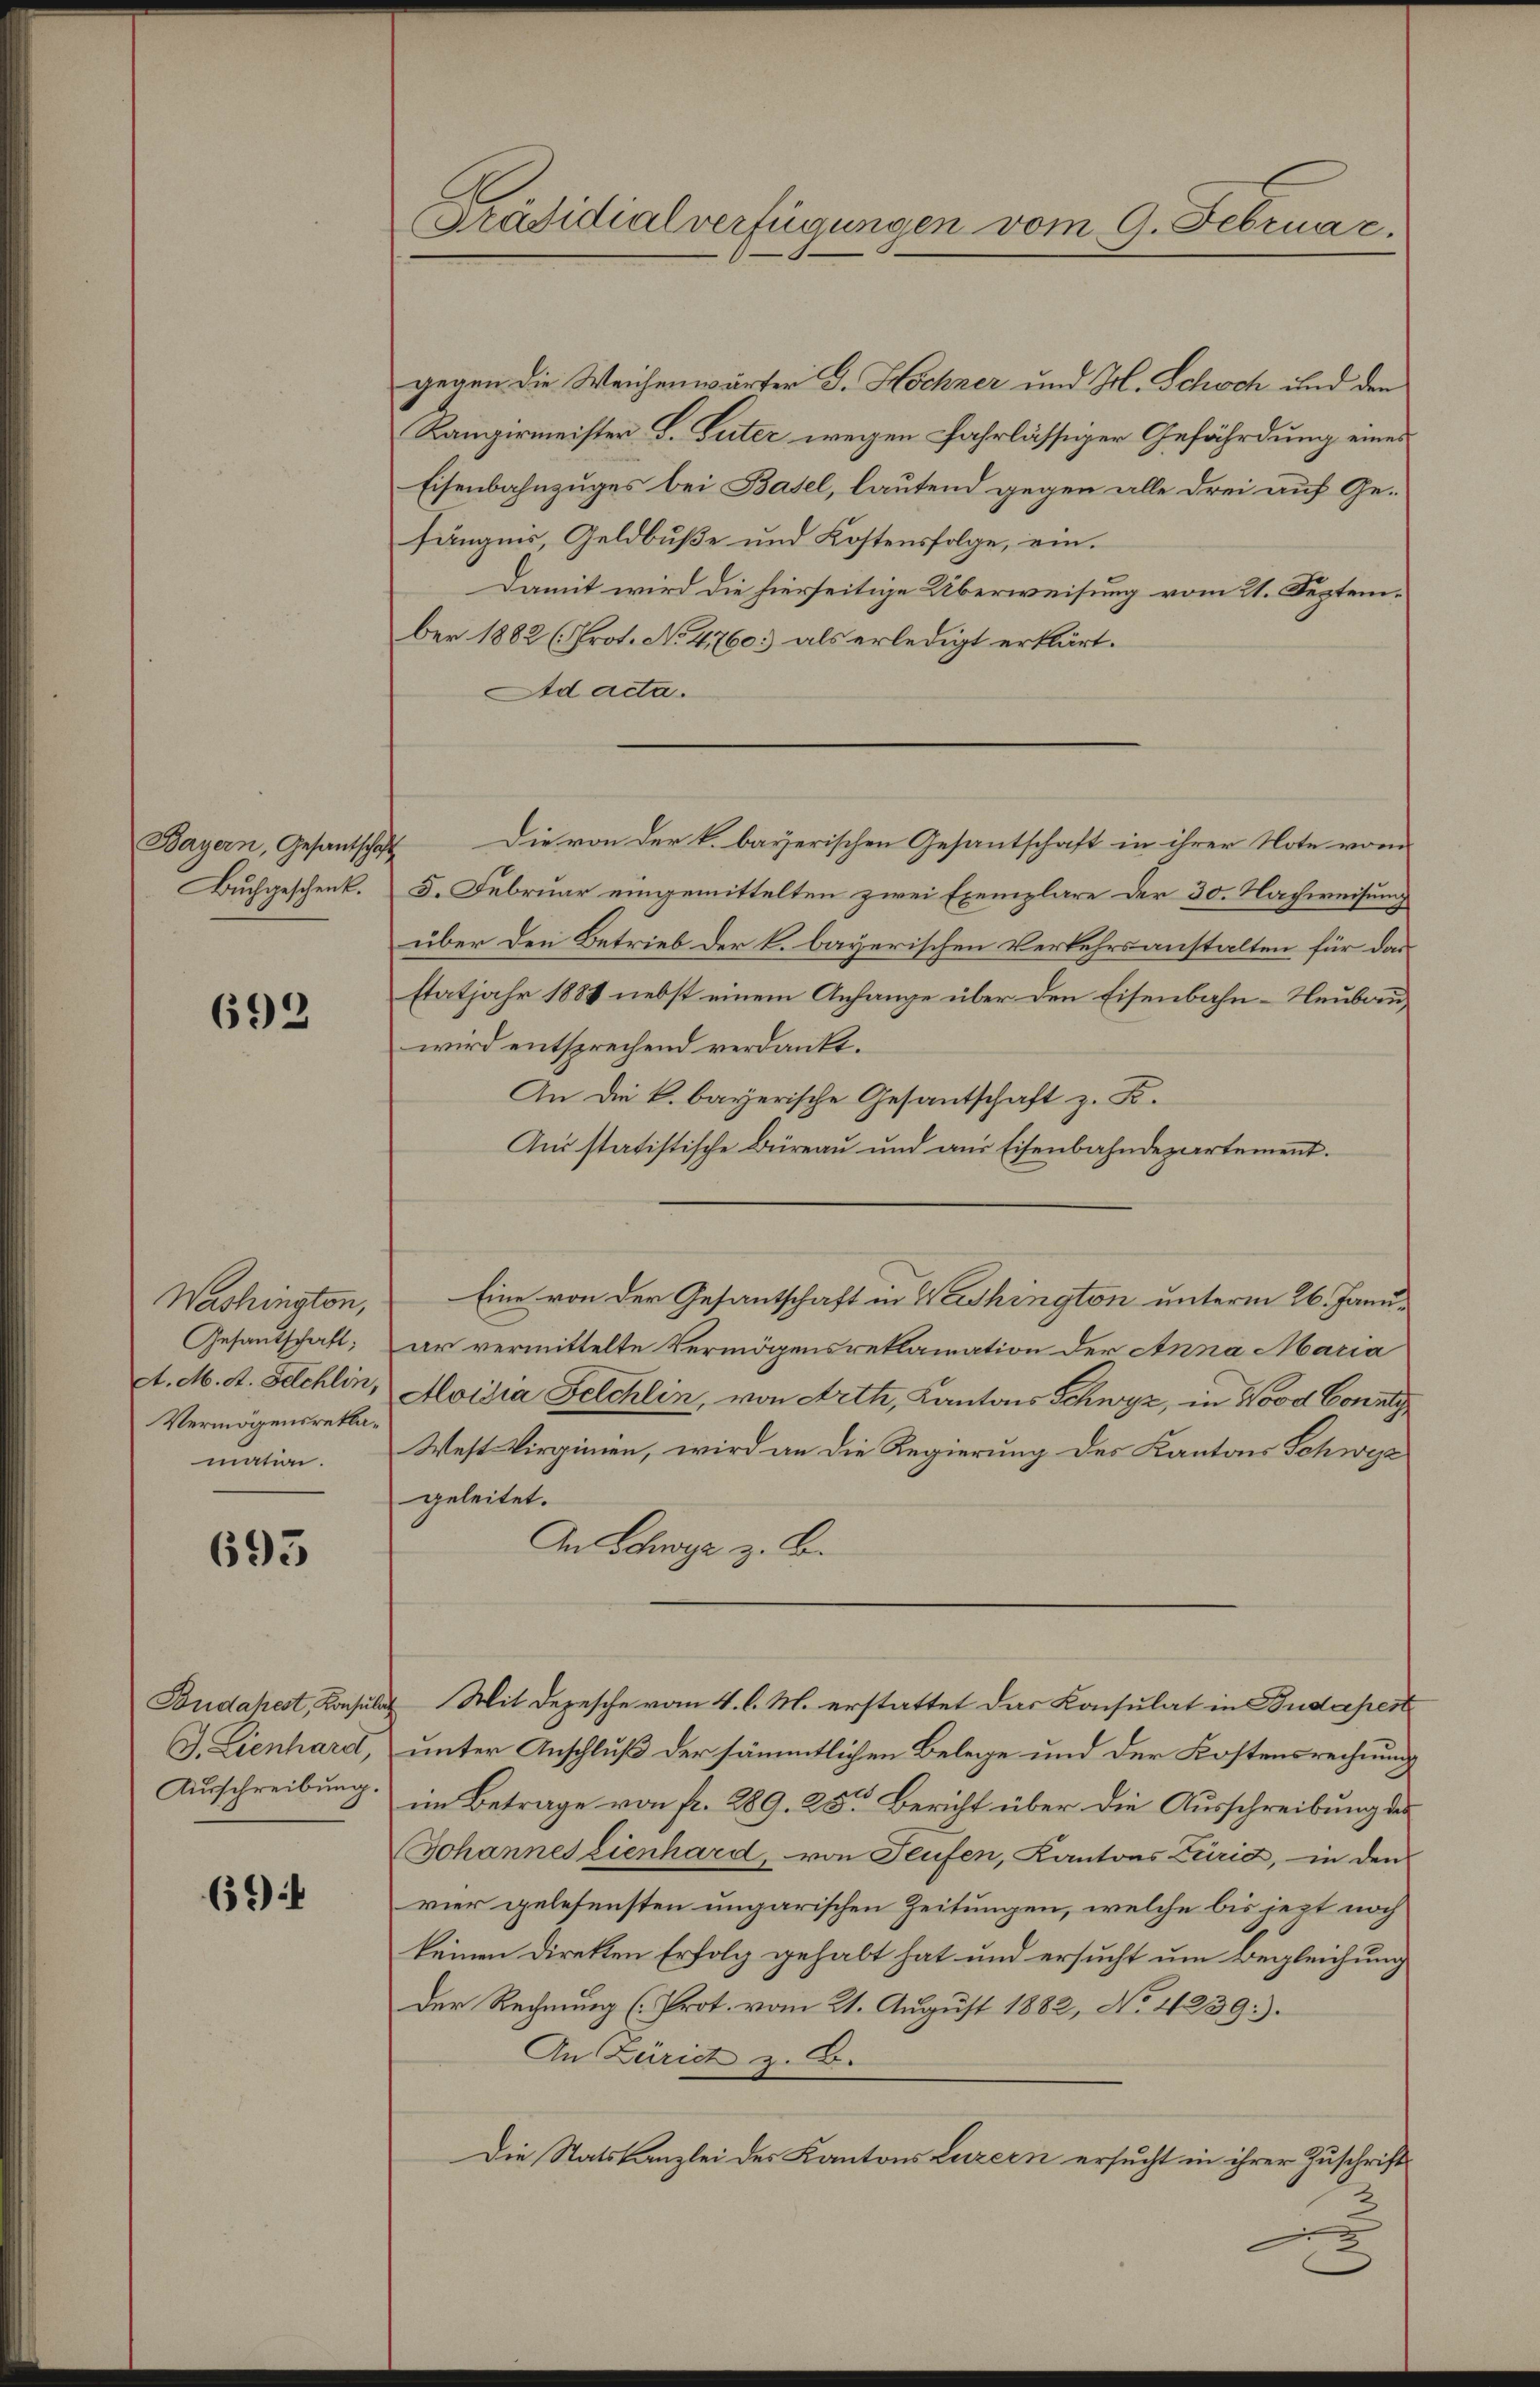
Bayern, Gesantschaft
Buchgeschenk.

692

Washington,
Gesandtschaft;
A. M. A. Selchlin,
Vermögensreklamation.

693

G. Lienhard,
Ausschreibung.

694

Präsidialverfügungen vom 9. Februac.

gegen die Weichenwärter D. Hochzer und Frl. Schoch und den
Kangirmeister L. Suter wegen Fahrlässiger Gefährdung eines
Eisenbahnzuges bei Basel, lautend gegen alle drei auf Gefängnis, Geldbuße und Kostensfolge, ein.
Damit wird die hierseitige Überweisung vom 21. September 1882 (Prot. No 4760: als erledigt erklärt.
Ad acta.
Die von der k. bayerischen Gesantschaft in ihrer Note vom
5. Februar eingemittelten zwei Exemplare der 30. Nachweisung
über den Betrieb der k. bayerischen Verkehrsanstalten für das
statjahr 1884 nebst einem Anhange über den Eisenbahn-Neubau
wird entsprechend verdankt.
An die k. bayerische Gesantschaft z. B.
Aus statistische Büreau und aus Eisenbahndepartement.
ar vermittelte Vermögensreklamation der Anna Maria
Moisia Felchlin, von Artti, Kantons Schwyz, in Vood County
West Virginien, wird an die Regierung des Kantons Schwyz
geleitet.
An Schwyz z. B.
Budapest, Konsulat Mit Depesche vom 4. l. M. erstattet das Konsulat in Budapest
unter Anschluß der sämmtlichen Belege und der Kostensrechnung
im Betrage von fr. 289. 25 Bericht über die Ausschreibung des
Johannes Lienhard, von Teufen, Kantons Zürid, in den
vier gelesensten ungarischen Zeitungen, welche bis jezt noch
keinen Direkten Erfolg gehabt hat und ersucht um Begleichung
Der Rechnung (Prot. vom 21. August 1882, No 1239).
An Zürich z. B.
Die Statskanzlei des Kantons Luzern ersucht in ihrer Zuschrift
3

Eine von der Gesantschaft in Washington unterm 26. Janu¬